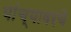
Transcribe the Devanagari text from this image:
यांच्यावरचे